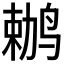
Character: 𫛶